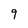
Character: 9